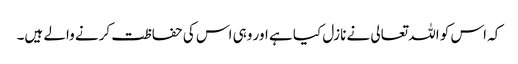
کہ اس کو اللہ تعالی نے نازل کیا ہے اور وہی اس کی حفاظت کرنے والے ہیں۔